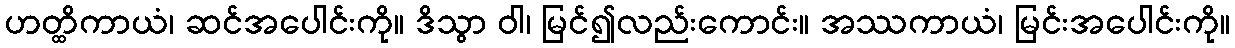
ဟတ္ထိကာယံ၊ ဆင်အပေါင်းကို။ ဒိသွာ ဝါ၊ မြင်၍လည်းကောင်း။ အဿကာယံ၊ မြင်းအပေါင်းကို။